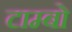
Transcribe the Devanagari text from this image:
टाम्बो